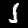
Label: 1